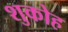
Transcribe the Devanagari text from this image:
शुकोह